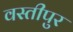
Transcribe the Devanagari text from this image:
वस्तीपुर